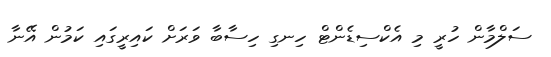
ސަލްމާން ހުރީ މި އެކްސިޑެންޓް ހިނގި ހިސާބާ ވަރަށް ކައިރީގައި ކަމުން އޭނާ